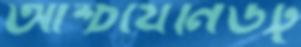
আশ্চর্যেনিউট্